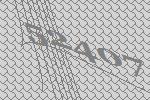
52407